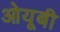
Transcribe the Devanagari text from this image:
ओयूबी